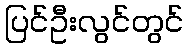
ပြင်ဦးလွင်တွင်